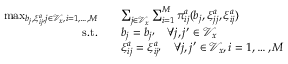
\begin{array} { r l } { \operatorname* { m a x } _ { b _ { j } , \xi _ { i j } ^ { a } , j \in \mathcal { V } _ { x } , i = 1 , \dots , M } \quad } & { \sum _ { j \in \mathcal { V } _ { x } } \sum _ { i = 1 } ^ { M } \pi _ { i j } ^ { a } ( b _ { j } , \xi _ { j j } ^ { a } , \xi _ { i j } ^ { a } ) } \\ { \mathrm { s . t . } \quad } & { b _ { j } = b _ { j ^ { \prime } } \quad \forall j , j ^ { \prime } \in \mathcal { V } _ { x } } \\ & { \xi _ { i j } ^ { a } = \xi _ { i j ^ { \prime } } ^ { a } \quad \forall j , j ^ { \prime } \in \mathcal { V } _ { x } , i = 1 , \dots , M } \end{array}